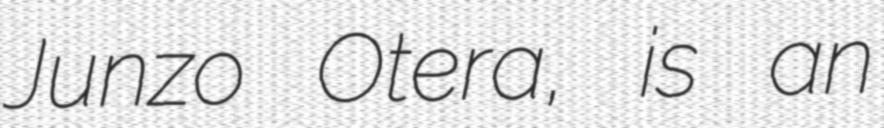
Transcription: Junzo Otera, is an